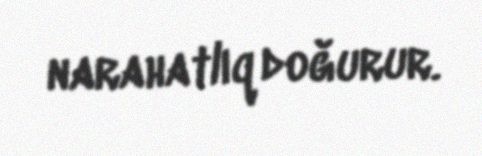
narahatlıq doğurur.